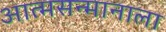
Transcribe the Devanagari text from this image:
आत्मसन्मानाला